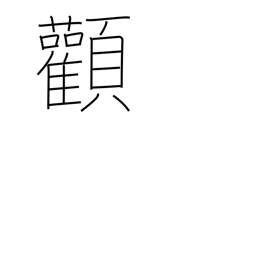
Meaning: cheekbone